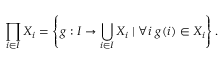
\prod _ { i \in I } X _ { i } = \left\{ g : I \to \bigcup _ { i \in I } X _ { i } \mid \forall i \ g ( i ) \in X _ { i } \right\} .